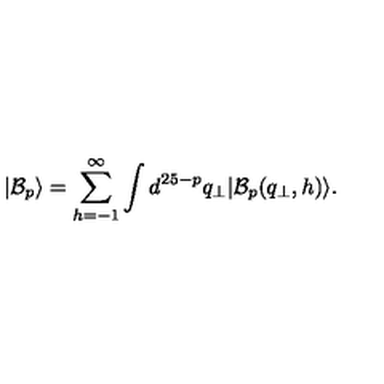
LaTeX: | \mathcal { B } _ { p } \rangle = \sum _ { h = - 1 } ^ { \infty } \int d ^ { 2 5 - p } q _ { \bot } | \mathcal { B } _ { p } ( q _ { \bot } , h ) \rangle .